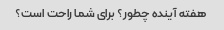
هفته آینده چطور؟ برای شما راحت است؟